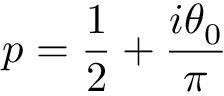
p = \frac 1 2 + \frac { i \theta _ { 0 } } \pi